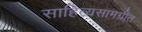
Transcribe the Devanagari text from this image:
साहित्यसामग्रीत